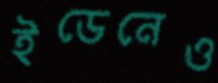
ইডেনেও